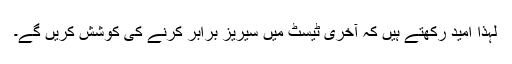
لہذا اُمید رکھتے ہیں کہ آخری ٹیسٹ میں سیریز برابر کرنے کی کوشش کریں گے۔